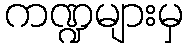
ကဏ္ဍများမှ